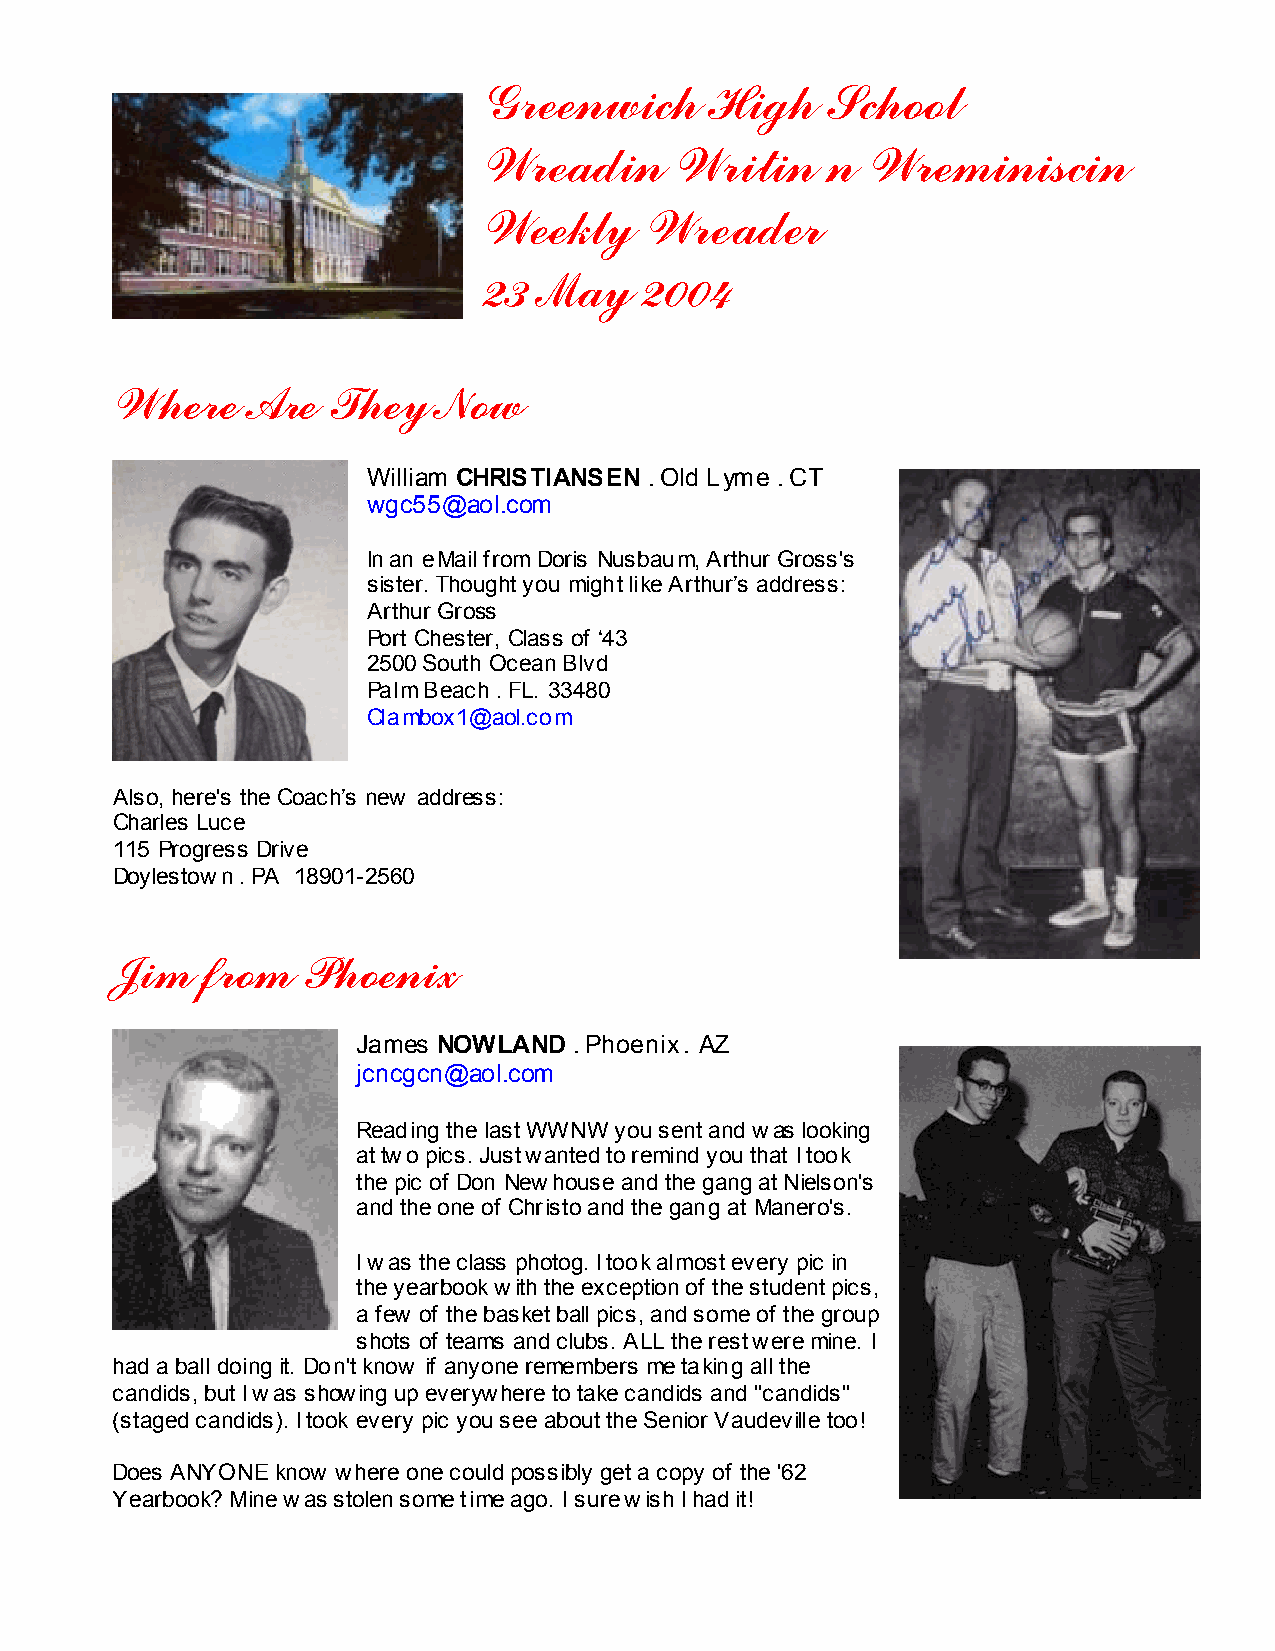
Greenwich      High    School
 Wreadin      Writin    n Wreminiscin
 Weekly     Wreader
 23  May   2004
 Where    Are   They   Now
 William CHRISTIANSEN . Old Lyme . CT
 wgc55@aol.com
 In an eMail from Doris Nusbaum, Arthur Gross's
 sister. Thought you might like Arthur’s address:
 Arthur Gross
 Port Chester, Class of ‘43
 2500 South Ocean Blvd
 Palm Beach . FL. 33480
 Clambox1@aol.com
 Also, here's the Coach’s new address:
 Charles Luce
 115 Progress Drive
 Doylestown . PA 18901-2560
 Jim   from   Phoenix
 James NOWLAND . Phoenix . AZ
 jcncgcn@aol.com
 Reading the last WWNW you sent and was looking
 at two pics. Just wanted to remind you that I took
 the pic of Don Newhouse and the gang at Nielson's
 and the one of Christo and the gang at Manero's.
 I was the class photog. I took almost every pic in
 the yearbook with the exception of the student pics,
 a few of the basket ball pics, and some of the group
 shots of teams and clubs. ALL the rest were mine. I
 had a ball doing it. Don't know if anyone remembers me taking all the
 candids, but I was showing up everywhere to take candids and "candids"
 (staged candids). I took every pic you see about the Senior Vaudeville too!
 Does ANYONE know where one could possibly get a copy of the '62
 Yearbook? Mine was stolen some time ago. I sure wish I had it!